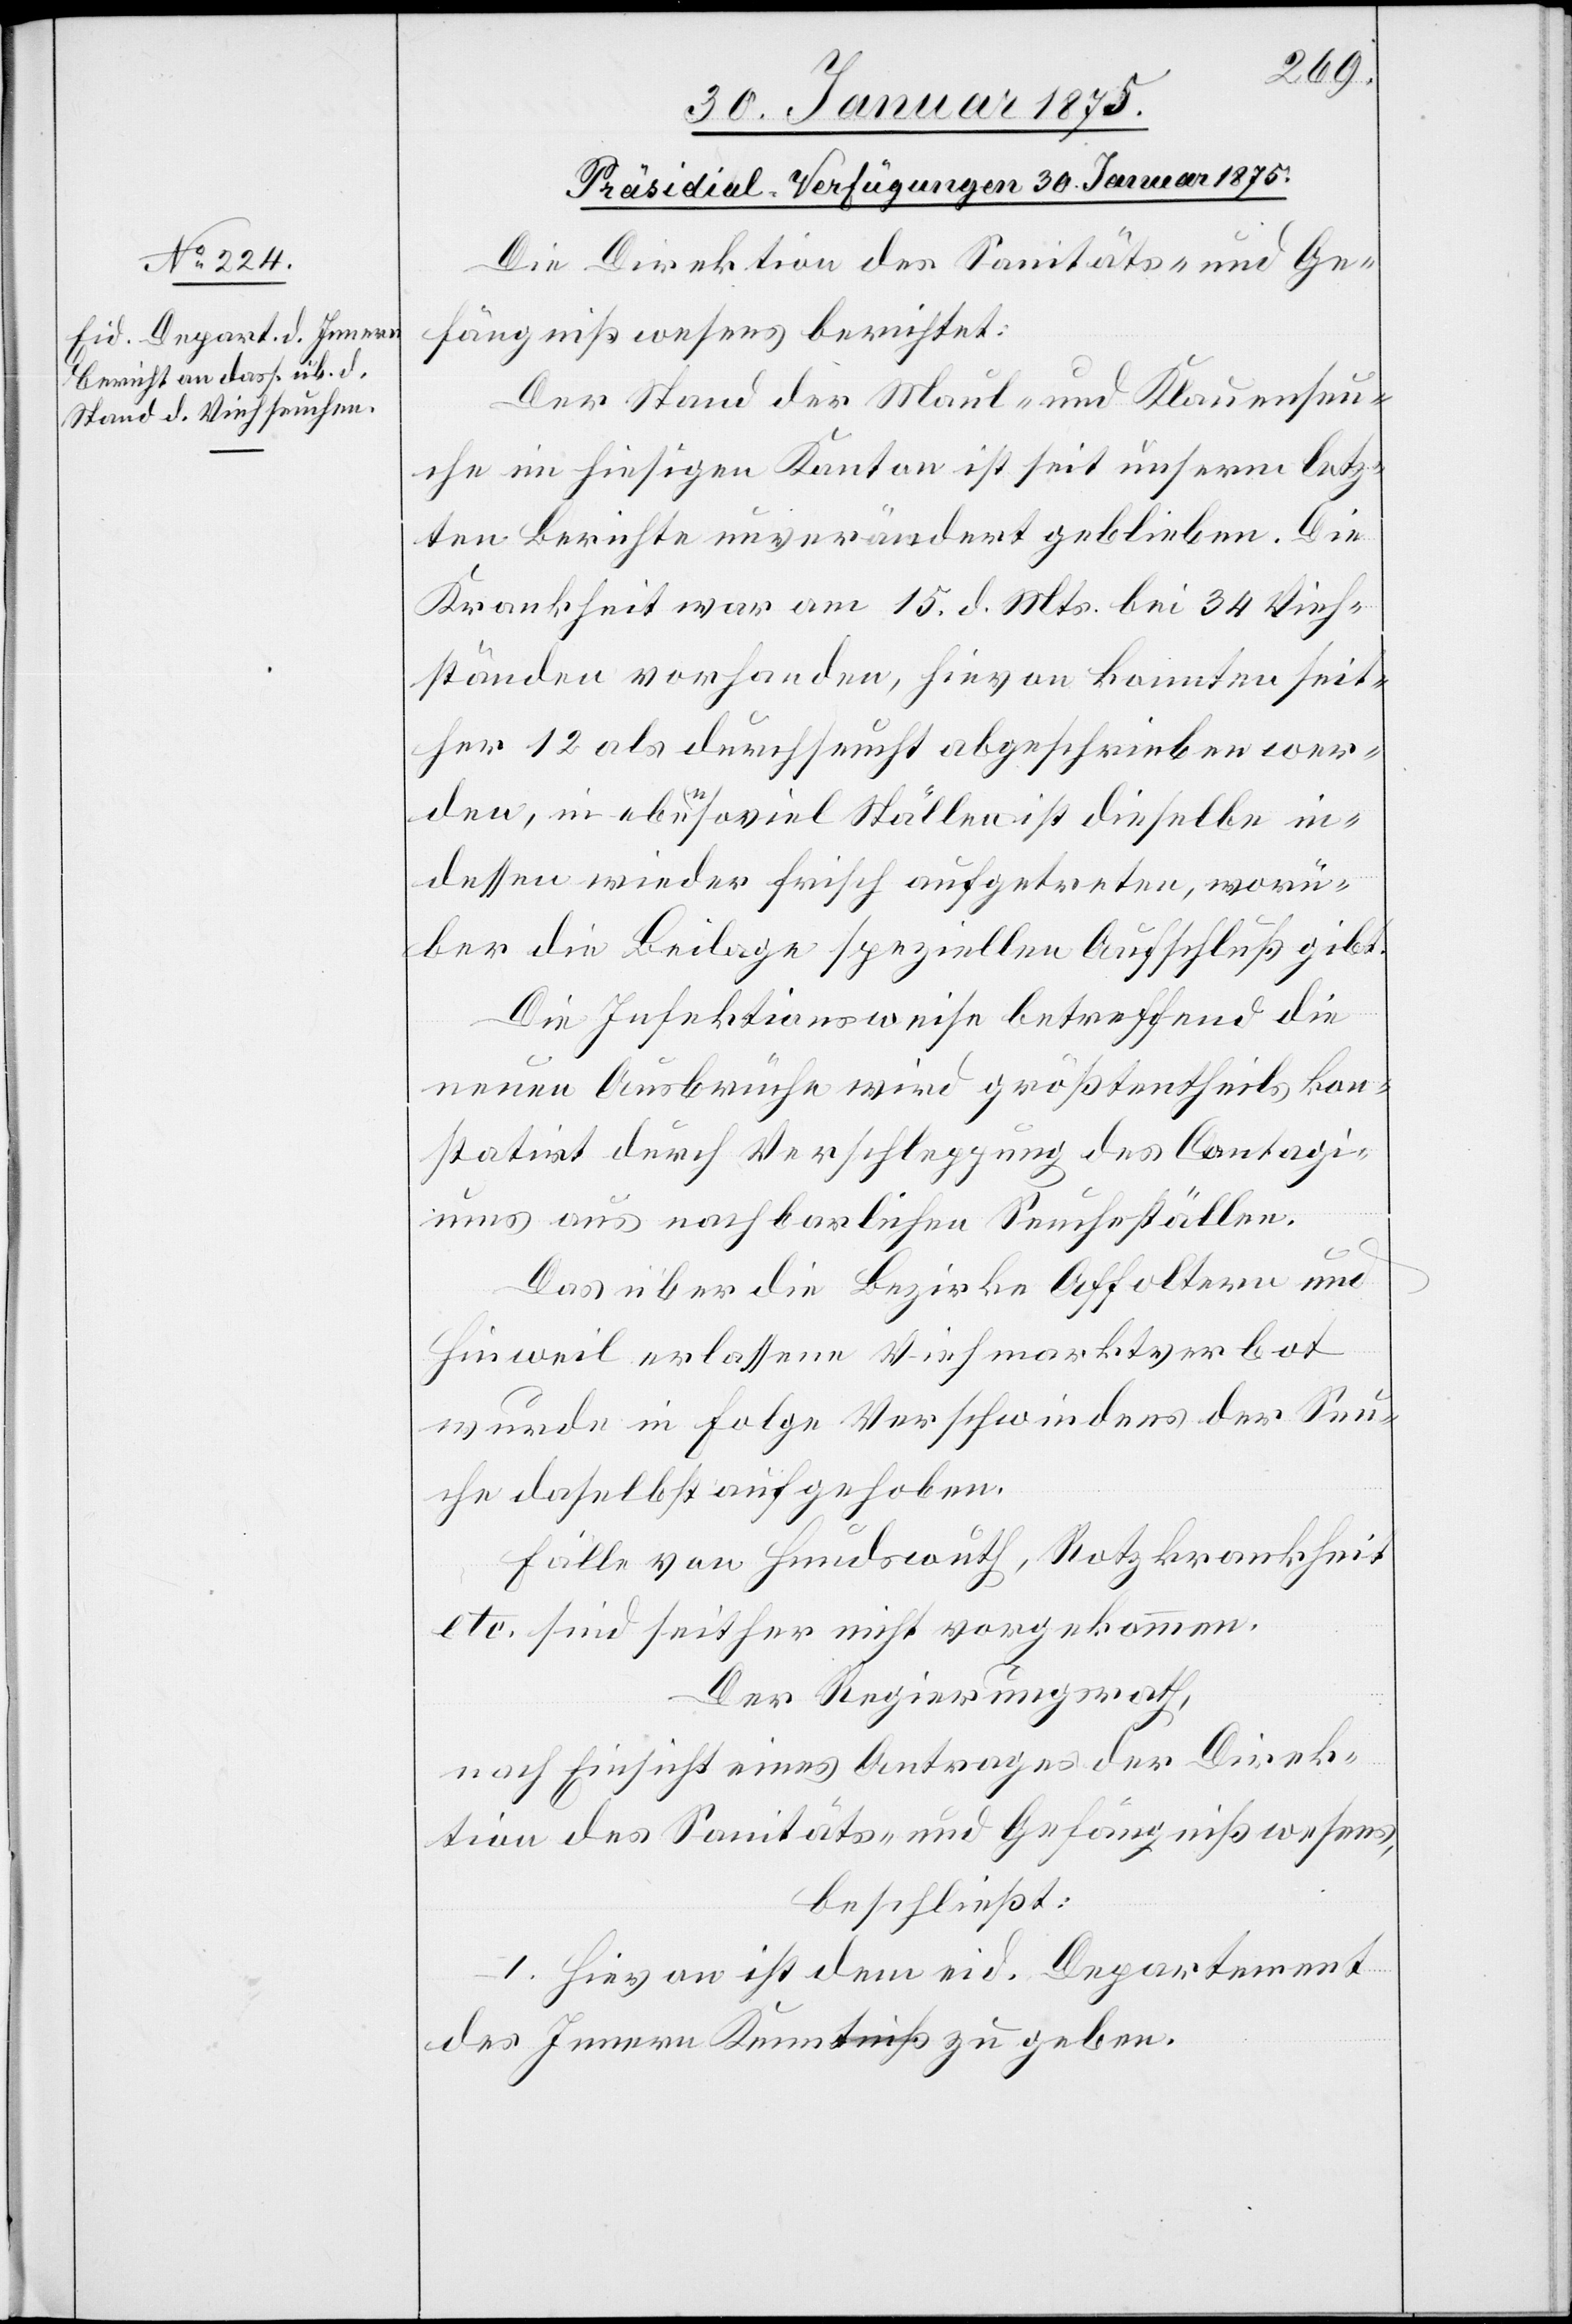
30. Januar 1875.
Die Direktion des Sanitäts- und Ge¬
fängnißwesens berichtet:
Der Stand der Maul- und Klauenseu¬
che im hiesigen Kanton ist seit unserm letz¬
ten Berichte unverändert geblieben. Die
Krankheit war am 15. d. Mts. bei 34 Vieh¬
ständen vorhanden, hievon konnten seit¬
her 12 als durchseucht abgeschrieben wer¬
den, in ebensoviel Ställen ist dieselbe in¬
dessen wieder frisch aufgetreten, worü¬
ber die Beilage speziellen Aufschluß gibt.
Die Infektionsweise betreffend die
neuen Ausbrüche wird größtentheils kon¬
statirt durch Verschleppung des Contagi¬
ums aus nachbarlichen Seucheställen.
Das über die Bezirke Affoltern und
Hinweil erlassene Viehmarktverbot
wurde in Folge Verschwindens der Seu¬
che daselbst aufgehoben.
Fälle von Hundswuth, Rotzkrankheit
etc. sind seither nicht vorgekommen.
Der Regierungsrath,
nach Einsicht eines Antrages der Direk¬
tion des Sanitäts- und Gefängnißwesens,
beschließt:
I. Hievon ist dem eid. Departement
des Innern Kenntniß zu geben.